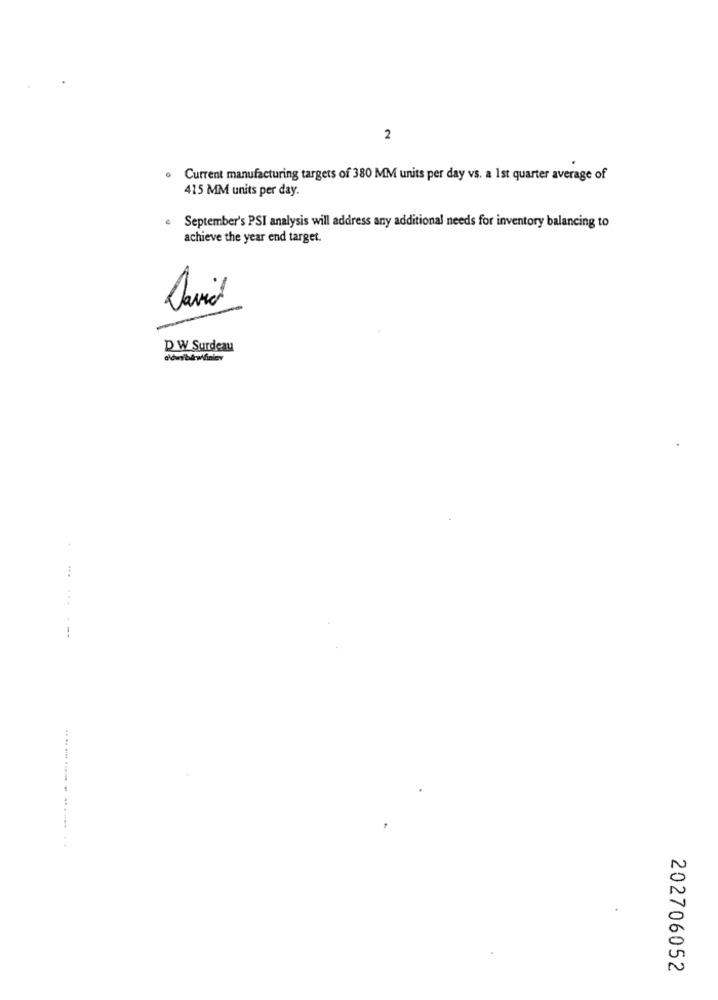
2
Current manufacturing targets of 380 MM units per day vs. a 1st quarter average of
415 MM units per day.
September's PSI analysis will address any additional needs for inventory balancing to
achieve the year end target.
David
D W Surdeau
..... .... .... . .......
202706052